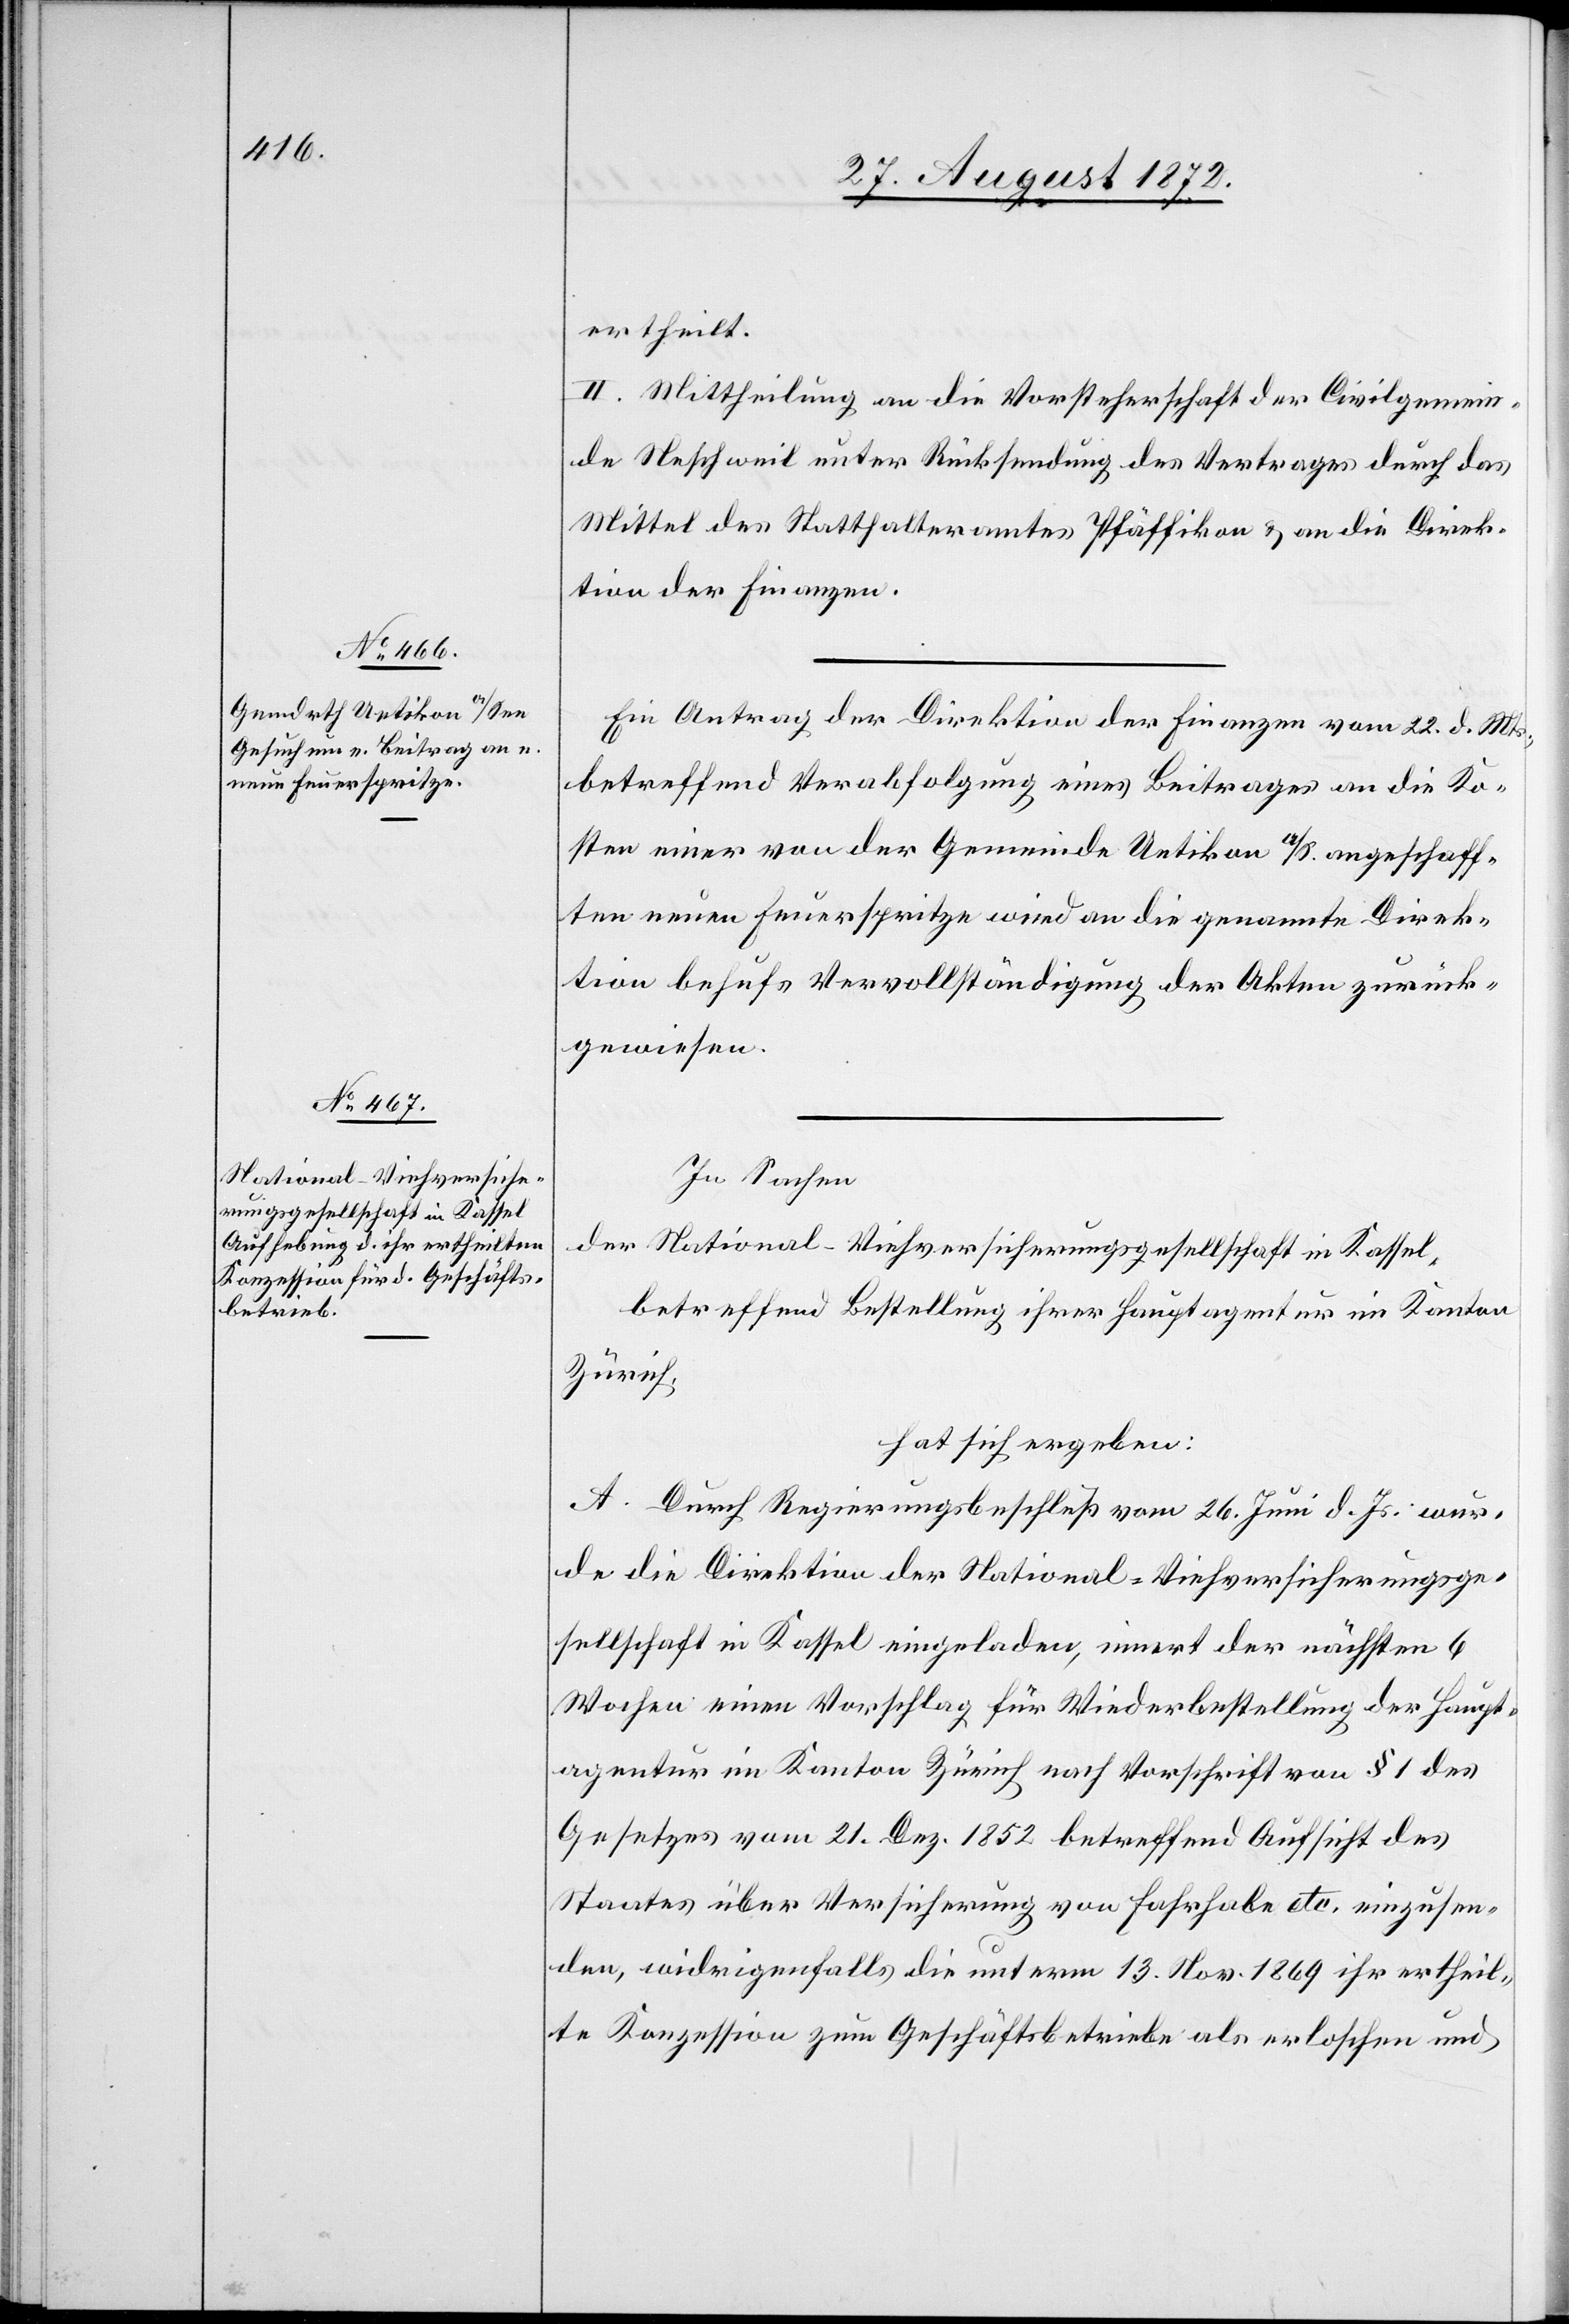
ertheilt.
II. Mittheilung an die Vorsteherschaft der Civilgemein¬
de Neschweil unter Rücksendung des Vertrages durch das
Mittel des Statthalteramtes Pfäffikon u. an die Direk¬
tion der Finanzen.
Ein Antrag der Direktion der Finanzen vom 22. d. Mts.,
betreffend Verabfolgung eines Beitrages an die Ko¬
sten einer von der Gemeinde Uetikon a/S. angeschaff¬
ten neuen Feuerspritze wird an die genannte Direk¬
tion behufs Vervollständigung der Akten zurück¬
gewiesen.
In Sachen
der National-Viehversicherungsgesellschaft in Kassel,
betreffend Bestellung ihrer Hauptagentur im Kanton
Zürich,
hat sich ergeben:
A. Durch Regierungsbeschluß vom 26. Juni d. Js. wur¬
de die Direktion der National-Viehversicherungsge¬
sellschaft in Kassel eingeladen, innert der nächsten 6
Wochen einen Vorschlag für Wiederbestellung der Haupt¬
agentur im Kanton Zürich nach Vorschrift von § 1 des
Gesetzes vom 21. Dez. 1852 betreffend Aufsicht des
Staates über Versicherung von Fahrhabe etc. einzusen¬
den, widrigenfalls die unterm 13. Nov. 1869 ihr ertheil¬
te Konzession zum Geschäftsbetriebe als erloschen und